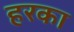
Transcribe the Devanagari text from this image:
हरका